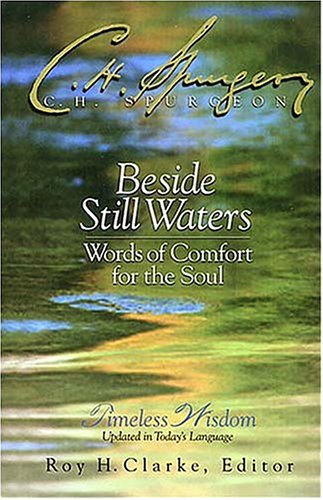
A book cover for Beside Still Waters Words Of Comfort For The Soul; Charles H. Spurgeon; Romance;